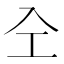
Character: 㒰